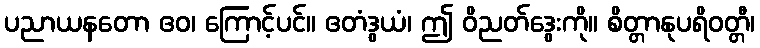
ပညာယနတော ဧဝ၊ ကြောင့်ပင်။ ဧတံဒွယံ၊ ဤ ဝိညတ်ဒွေးကို။ စိတ္တာနုပရိဝတ္တီ၊